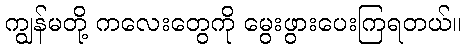
ကျွန်မတို့ ကလေးတွေကို မွေးဖွားပေးကြရတယ်။